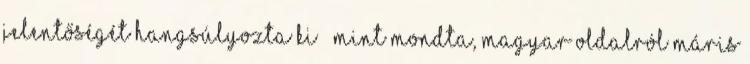
jelentőségét hangsúlyozta ki – mint mondta, magyar oldalról máris